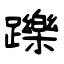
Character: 躒